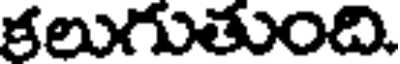
కలుగుతుంది.